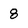
Character: 8